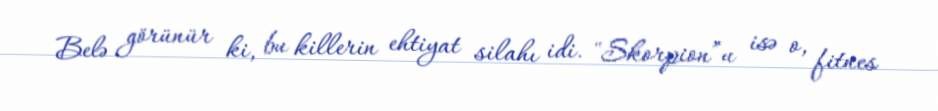
Belə görünür ki, bu killerin ehtiyat silahı idi. "Skorpion”u isə o, fitnes